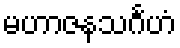
မဟာဇနသင်္ဂဟံ